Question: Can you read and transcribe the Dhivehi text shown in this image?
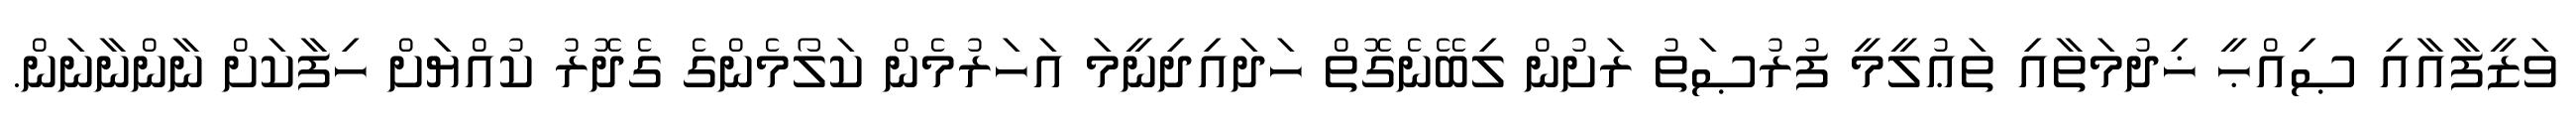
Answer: ވަޒީފާއާއި ޞިއްޙީ ޚިދުމަތާއި ތަޢުލީމީ ފުރުޞަތު ރަށުން ލިބޭނެގޮތް ހަދައިދިނީމަ އަހަރުމެން ކަލޯމެންގެ ގެދޮރު ކުއްޔަށް ހިފާކަށް ނާންނާނަން.